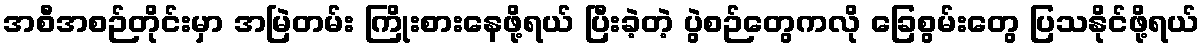
အစီအစဉ်တိုင်းမှာ အမြဲတမ်း ကြိုးစားနေဖို့ရယ် ပြီးခဲ့တဲ့ ပွဲစဉ်တွေကလို ခြေစွမ်းတွေ ပြသနိုင်ဖို့ရယ်